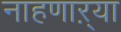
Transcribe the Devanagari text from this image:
नाहणाऱ्या